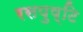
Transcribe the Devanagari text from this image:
रसपुष्टि